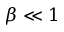
\beta \ll 1